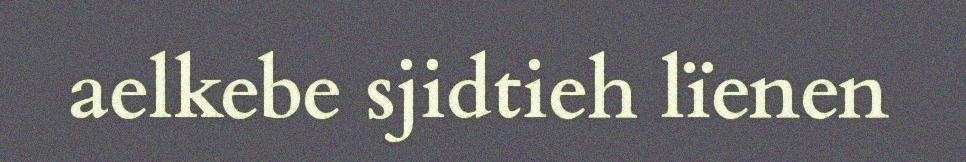
aelkebe sjidtieh lïenen